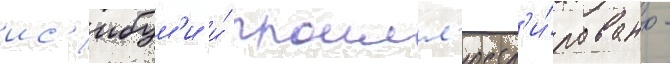
ис'ибум'и и́ проилл'юстр'и́ровано -